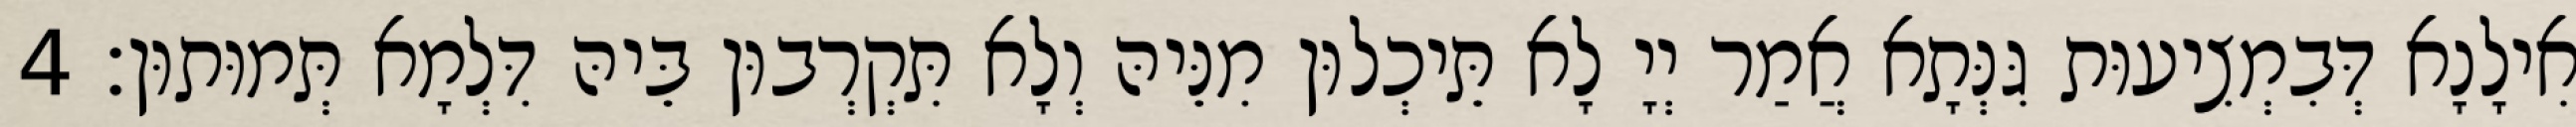
אִילָנָא דְּבִמְצִיעוּת גִּנְּתָא אֲמַר יְיָ לָא תֵּיכְלוּן מִנֵּיהּ וְלָא תִּקְרְבוּן בֵּיהּ דִּלְמָא תְּמוּתוּן׃ 4